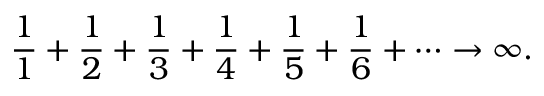
{ \frac { 1 } { 1 } } + { \frac { 1 } { 2 } } + { \frac { 1 } { 3 } } + { \frac { 1 } { 4 } } + { \frac { 1 } { 5 } } + { \frac { 1 } { 6 } } + \cdots \rightarrow \infty .